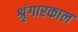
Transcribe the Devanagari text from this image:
श्रृंगारकाल